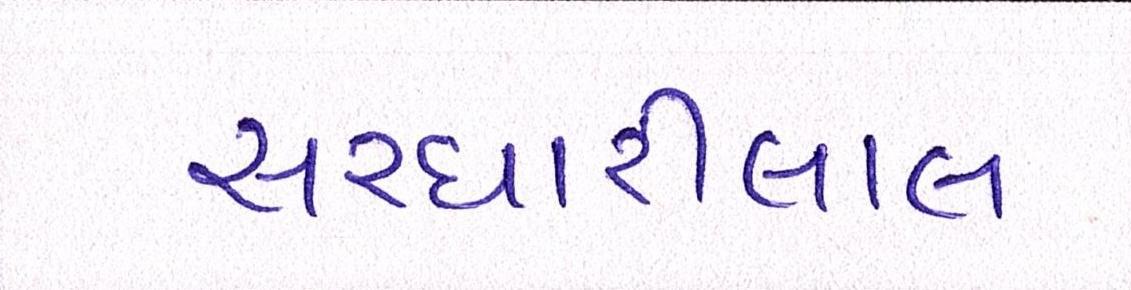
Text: સરધારીલાલ